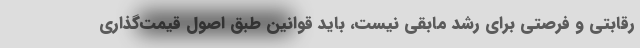
رقابتی و فرصتی برای رشد مابقی نیست، باید قوانین طبق اصول قیمت‌گذاری